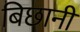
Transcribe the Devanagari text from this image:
बिछानी